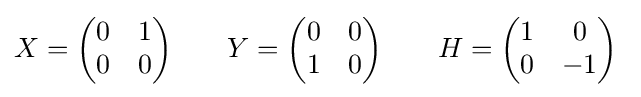
X={\begin{pmatrix}0&1\\0&0\end{pmatrix}}\qquad Y={\begin{pmatrix}0&0\\1&0\end{pmatrix}}\qquad H={\begin{pmatrix}1&0\\0&-1\end{pmatrix}}~